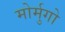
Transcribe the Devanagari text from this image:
मोर्मुगो